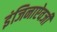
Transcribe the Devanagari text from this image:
इंजिनाऐवजी